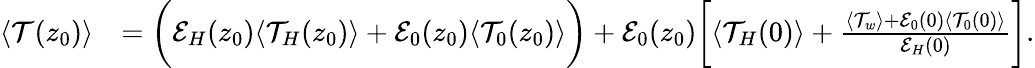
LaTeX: \begin{array}{rl}{\langle\mathcal{T}(z_{0})\rangle}&{=\biggl(\mathcal{E}_{H}(z_{0})\langle\mathcal{T}_{H}(z_{0})\rangle+\mathcal{E}_{0}(z_{0})\langle\mathcal{T}_{0}(z_{0})\rangle\biggr)+\mathcal{E}_{0}(z_{0})\biggl[\langle\mathcal{T}_{H}(0)\rangle+\frac{\langle\mathcal{T}_{w}\rangle+\mathcal{E}_{0}(0)\langle\mathcal{T}_{0}(0)\rangle}{\mathcal{E}_{H}(0)}\biggr].}\end{array}